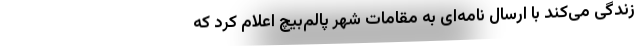
زندگی می‌کند با ارسال نامه‌ای به مقامات شهر پالم‌بیچ اعلام کرد که